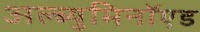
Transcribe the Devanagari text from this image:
अल्ब्युमिनॉएड